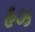
હઝ